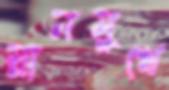
ম্লানমুখে